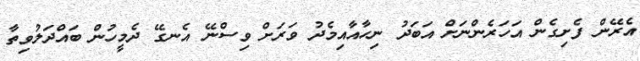
އެރޭން ފެށިގެން އަހަރެންނަށް އަބަދު ނިހާއާއިމެދު ވަރަށް ވިސްނޭ އެނގޭ ދެމީހުން ބައްދަލުވިތާ